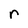
Character: r